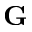
\textbf { G }